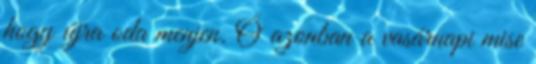
hogy újra oda menjen. Ő azonban a vasárnapi mise